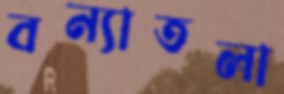
বন্যাতলা